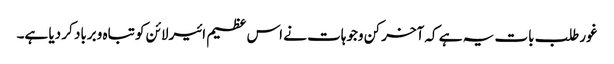
غورطلب بات یہ ہے کہ آخر کن وجوہات نے اس عظیم ائیرلائن کو تباہ وبرباد کر دیا ہے۔